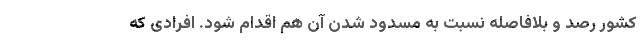
کشور رصد و بلافاصله نسبت به مسدود شدن آن ‌هم اقدام شود. افرادی که